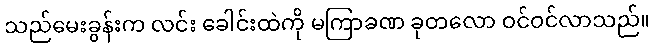
သည်မေးခွန်းက လင်း ခေါင်းထဲကို မကြာခဏ ခုတလော ဝင်ဝင်လာသည်။